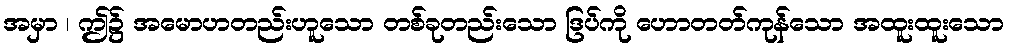
အမှာ ၊ ဤ၌ အမောဟတည်းဟူသော တစ်ခုတည်းသော ဒြပ်ကို ဟောတတ်ကုန်သော အထူးထူးသော